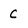
Character: C